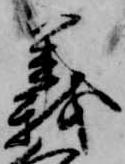
義